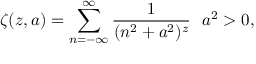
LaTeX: \zeta ( z , a ) = \sum _ { n = - \infty } ^ { \infty } \frac { 1 } { ( n ^ { 2 } + a ^ { 2 } ) ^ { z } } \, \, \, \, a ^ { 2 } > 0 ,